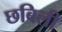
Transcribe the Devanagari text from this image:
छबिली